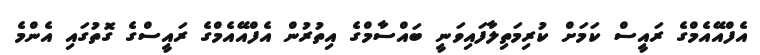
އެފްއޭއެމްގެ ރައީސް ކަމަށް ކުރިމަތިލާފައިވަނީ ބައްސާމްގެ އިތުރުން އެފްއޭއެމްގެ ރައީސްގެ ގޮތުގައި އެންމެ